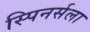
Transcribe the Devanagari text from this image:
स्पिनर्सला